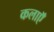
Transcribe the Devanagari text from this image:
कलाऍँ